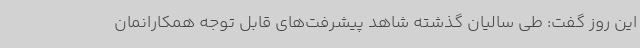
این روز گفت: طی سالیان گذشته شاهد پیشرفت‌های قابل توجه همکارانمان